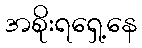
အစိုးရရှေ့နေ